65_HS1-834228961_62-HQ-83894_Section_4
Agency: FBI
Page 16
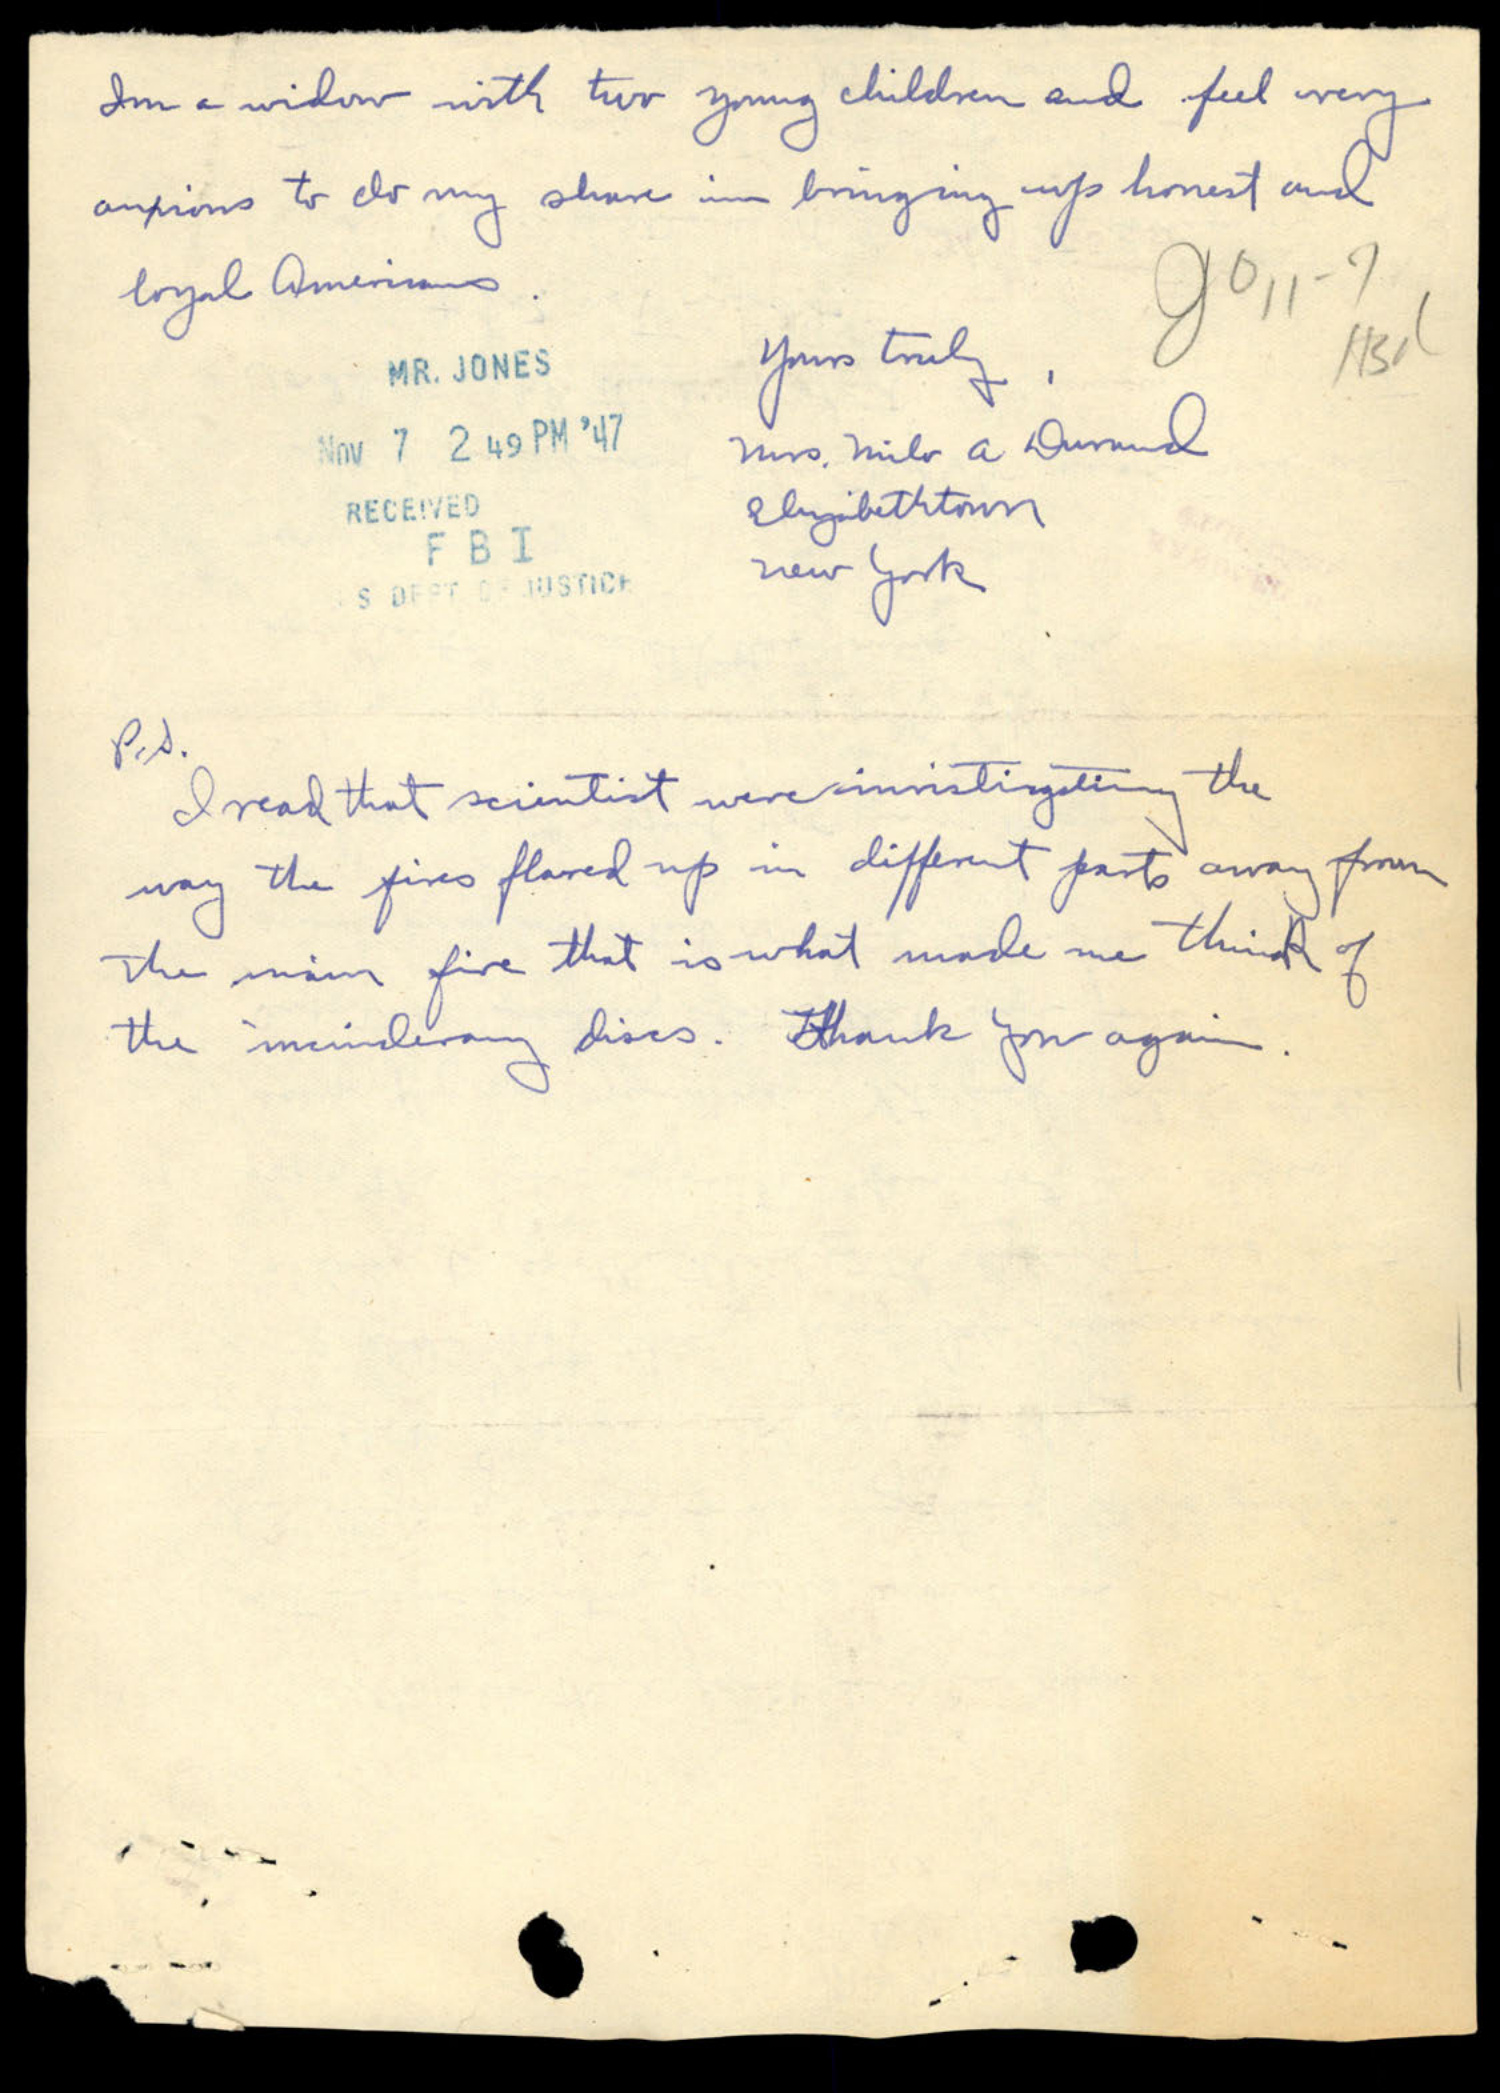